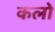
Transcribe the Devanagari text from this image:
कलो